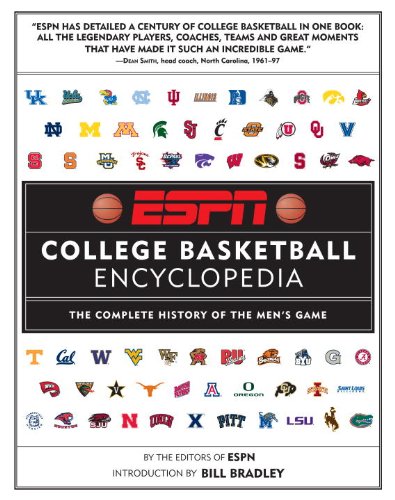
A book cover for ESPN College Basketball Encyclopedia: The Complete History of the Men's Game; Sports & Outdoors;